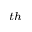
^ { t h }